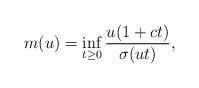
LaTeX: \begin{align*}m(u)=\inf_{t\geq 0}\frac{u(1+ct)}{\sigma(ut)},\end{align*}